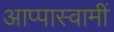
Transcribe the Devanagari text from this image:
आप्पास्वामीं